Senior Leaving Certificate Examination (including Day School Certificate (Higher) General paper), 1946
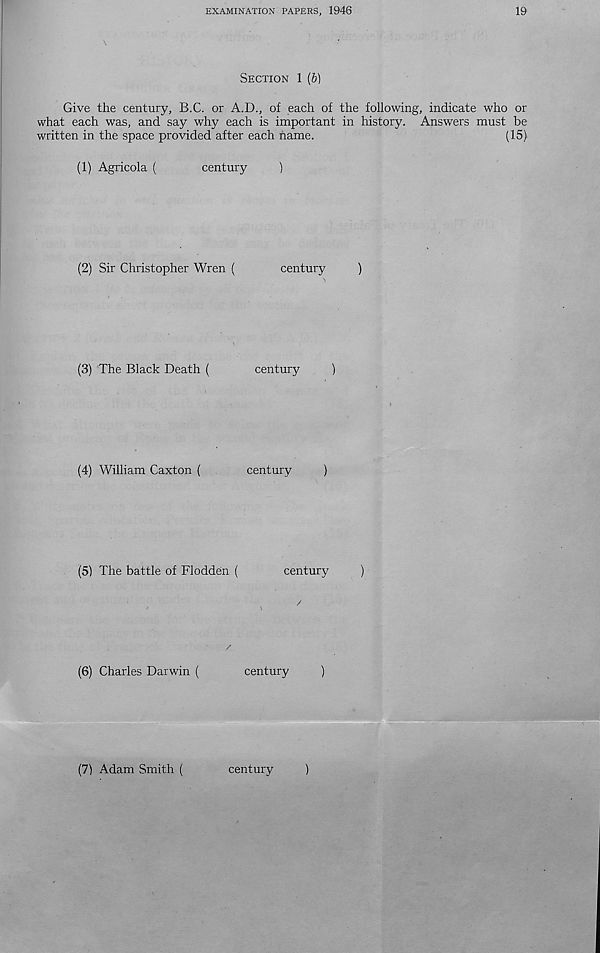
EXAMINATION PAPERS, 1946
19
SECTION 1 (b)
Give the century, B.C. or A.D., of each of the following, indicate who or
what each was, and say why each is important in history. Answers must be
written in the space provided after each name.
(15)
(1)
Agricola (
century
)
(2)
Sir Christopher Wren (
century
)
(3)
The Black Death (
century
)
(4)
William Caxton (
century
)
(5)
The battle of Flodden (
century
)
/
/*
(6)
Charles Darwin (
century
)
(7) Adam Smith (
century
)